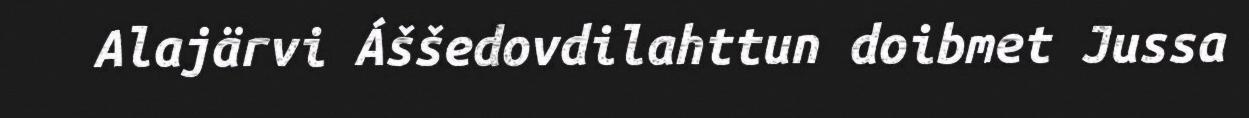
Alajärvi Áššedovdilahttun doibmet Jussa